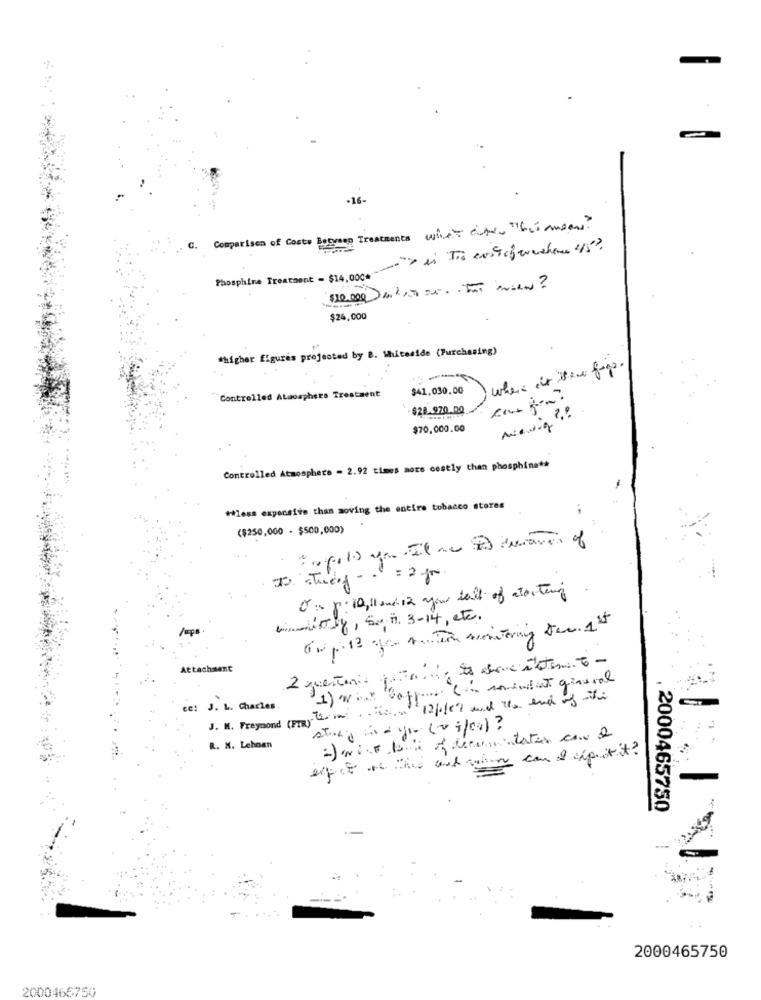
.16.
Comparison of Costs Between Treatments wie eine "het ansen ?
C.
Tabsphine Treatment - 514.000en Tis enestebewachene 45?
$10.000m2,5 =... IT with ?
$24,000
"higher figures projected by B. Muteside (Purchasing)
where is the forge.
$41.030.00
Controlled Atmosphere Treatment
$28.970.00
$70,000.00
Controlled Atmosphere - 2.92 times more costly than phosphina **
-
Hless expensive than moving the entire tobacco stores
($250,000 - $500,000)
O :- p: 10, 11 and 12 your del of atorturing
vously, Su Hi 3-14, etc.
2 questenio para .... de denciatemito -
Attachment
1) we Bapp ( covid it ginural
J. M. Pregrond (PR) Termin12/1/07 and the end of the
ce: J. L. Charles.
strong in you (vg/00) ?
R. M. Lehnen
expect on the and win can I spit it?
2000465750
2000465750
2000466750